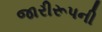
જારીરૂપની